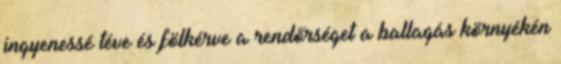
ingyenessé téve és fölkérve a rendőrséget a ballagás környékén